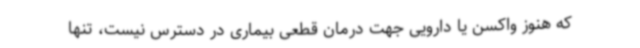
که هنوز واکسن یا دارویی جهت درمان قطعی بیماری در دسترس نیست، تنها